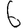
Digit: 6